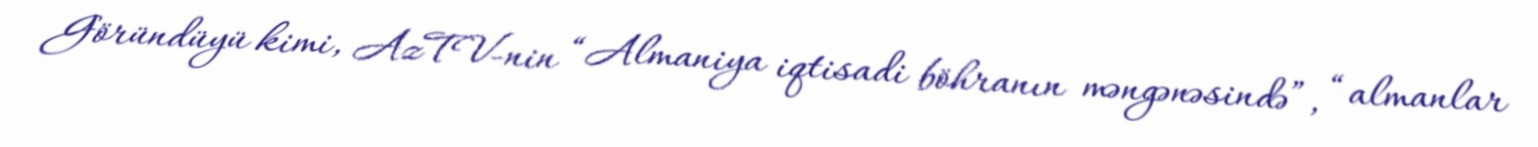
Göründüyü kimi, AzTV-nin “Almaniya iqtisadi böhranın məngənəsində”, “almanlar